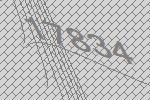
17834